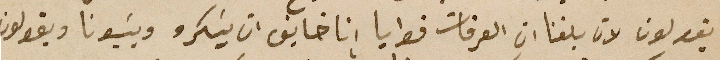
يقولون لان بلغنا ان العرقات قوايا انا خايف ان يسَكرو ويسَبونا ويقولون